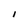
Character: I